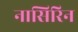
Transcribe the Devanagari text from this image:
नासिरिन